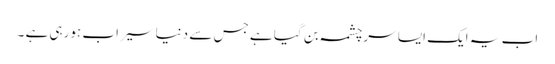
اب یہ ایک ایسا سرچشمہ بن گیا ہے جس سے دنیا سیراب ہورہی ہے ۔